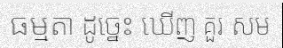
ធម្មតា ដូច្នេះ ឃើញ គួរ សម